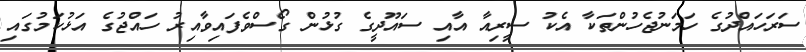
ސަރަހައްދުގެ ހަމަނުޖެހުންތަކާ އެކު ސީރިއާ އާއި ސައޫދީގެ ގުޅުން ގޯސްވެފައިވާއިރު ހައްޖުގެ އަޅުކަމުގައި